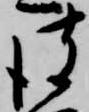
彼